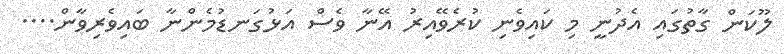
ލޫކަން ގާތުގައި އެދުނީ މި ކައިވެނި ކުރެވޭއިރު އޭނާ ވެސް އަޅުގަނޑުމެންނާ ބައިވެރިވާން....